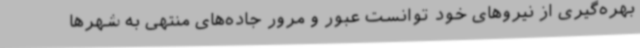
بهره‌گیری از نیروهای خود توانست عبور و مرور جاده‌های منتهی به شهرها